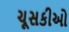
ચૂસકીઓ